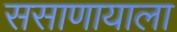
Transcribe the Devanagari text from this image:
ससाणायाला